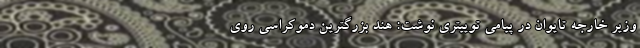
وزیر خارجه تایوان در پیامی توییتری نوشت: هند بزرگترین دموکراسی روی